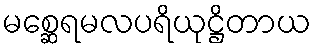
မစ္ဆေရမလပရိယုဋ္ဌိတာယ